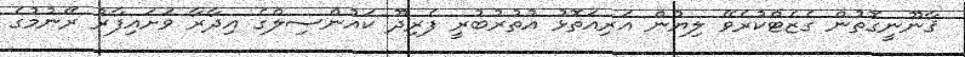
ޤާނޫނީގޮތުން ގެޒެޓްކުރެވޭ ލިޔުން އަރިއަތޮޅު އުތުރުބުރީ ފެރިދޫ ކައުންސިލްގެ އިދާރާ ވަށައިފާރު ރޭނުމުގެ